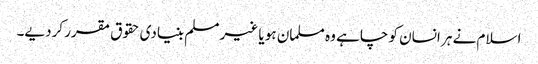
اسلام نے ہر انسان کو چاہے وہ مسلمان ہو یا غیر مسلم بنیادی حقوق مقرر کردیے۔